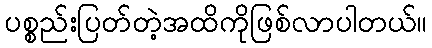
ပစ္စည်းပြတ်တဲ့အထိကိုဖြစ်လာပါတယ်။